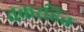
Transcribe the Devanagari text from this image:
चक्ररहित